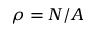
\rho = N / A